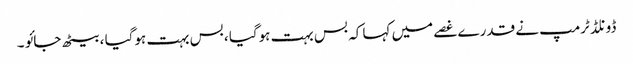
ڈونلڈ ٹرمپ نے قدرے غصے میں کہا کہ بس بہت ہوگیا ، بس بہت ہوگیا ، بیٹھ جائو ۔